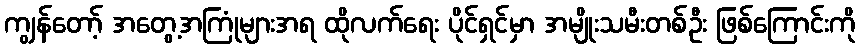
ကျွန်တော့် အတွေ့အကြုံများအရ ထိုလက်ရေး ပိုင်ရှင်မှာ အမျိုးသမီးတစ်ဦး ဖြစ်ကြောင်းကို